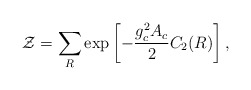
\begin{align*}{\cal Z}=\sum_{R} \exp\left[-{{g_c^2 A_c}\over 2}C_2(R)\right],\end{align*}